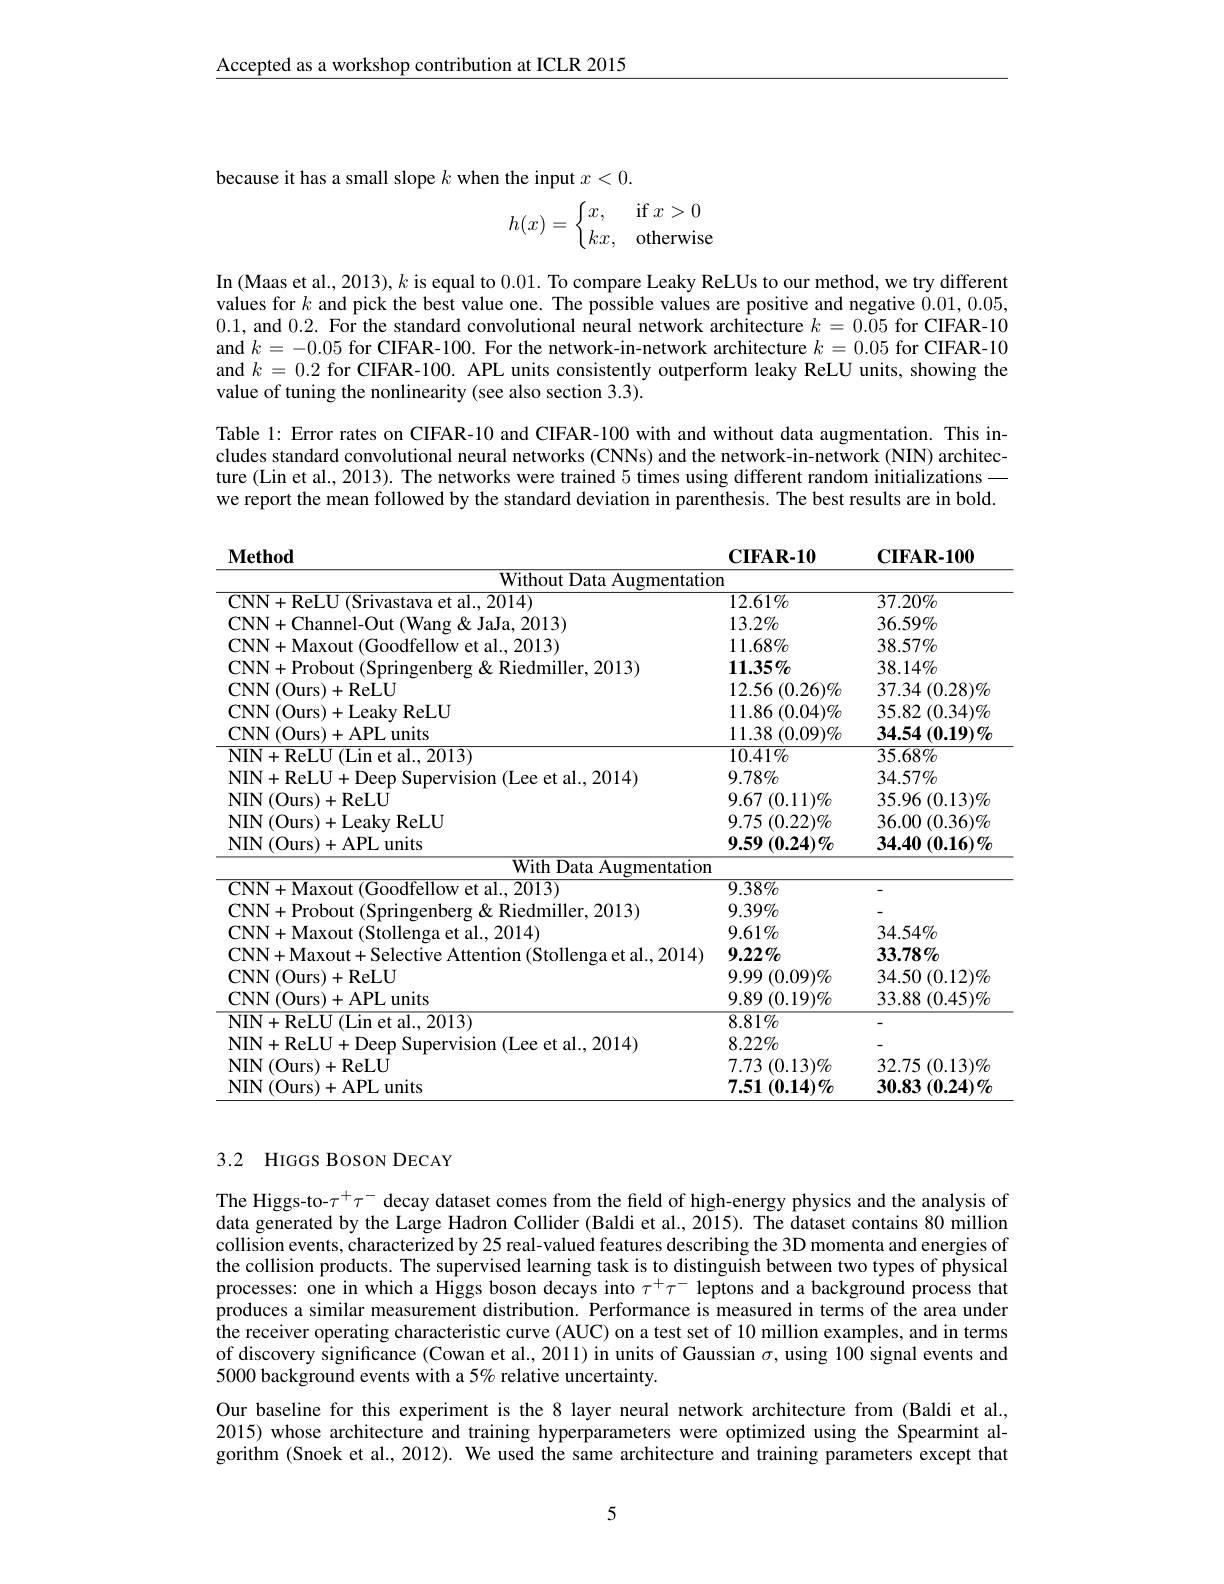
Accepted as a workshop contribution at ICLR 2015

because it has a small slope $k$ when the input $x<0.$
$$h(x)=\left\{\begin{matrix}x,&\text{if}x>0\\kx,&\text{otherwise}\end{matrix}\right.$$
In (Maas et al., 2013), $k$ is equal to 0.01. To compare Leaky ReLUs to our method, we try different values for $k$ and pick the best value one. The possible values are positive and negative 0.01,0.05, 0.1, and 0.2. For the standard convolutional neural network architecture $k=0.05$ for CIFAR-10 and $k=-0.05$ for CIFAR-100. For the network-in-network architecture $k=0.05$ for CIFAR-10 and $k=0.2$ for CIFAR-100. APL units consistently outperform leaky ReLU units, showing the value of tuning the nonlinearity (see also section 3.3).
Table 1: Error rates on CIFAR-10 and CIFAR-100 with and without data augmentation. This includes standard convolutional neural networks (CNNs) and the network-in-network (NIN) architecture (Lin et al., 2013). The networks were trained 5 times using different random initializationswe report the mean followed by the standard deviation in parenthesis. The best results are in bold.

$\mathbf{CIFAR-10}$
<table>
	<tbody>
		<tr>
			<td>Without Data</td>
			<td>n</td>
			<td> </td>
		</tr>
		<tr>
			<td>2014)</td>
			<td>$12.61\%$</td>
			<td>$37.20\%$</td>
		</tr>
		<tr>
			<td>$\&$JaJa.2013)</td>
			<td>$13.2\%$</td>
			<td>$36.59\%$</td>
		</tr>
		<tr>
			<td>ffellowe al.2013 </td>
			<td>$11.68\%$</td>
			<td>$38.57\%$</td>
		</tr>
		<tr>
			<td>TNN+Probout(Snrin $Xr$ 11 Riedmiller 2013</td>
			<td>$11.35\%$</td>
			<td>$38.14\%$</td>
		</tr>
		<tr>
			<td> $((1)_{11}r_{c}$ $\mathbf{R}_{\mathrm{e}}\mathbf{I}^{\mathrm{T}}$</td>
			<td>12.56 $( 0. 26) \%$</td>
			<td>37.34 $(0.28)\%$</td>
		</tr>
		<tr>
			<td>$^{\prime}\mathbf{N}\mathbf{N}$ $(()_{11}rs$ $\vdash$Leakv ReLU</td>
			<td>11.86 $( 0. 04) \%$</td>
			<td>35.82 $2\left(0.34\right)\%$</td>
		</tr>
		<tr>
			<td>$^{\prime}\mathbf{N}/\mathbf{N}$ $(0_{11}rs)$ - APLunits</td>
			<td>11.38 $( 0. 09) \%$</td>
			<td>34.54 $(\mathbf{0.19})\%$</td>
		</tr>
		<tr>
			<td>VIN ${\mathrm{t~al.,2013}}$</td>
			<td>$10.41\%$</td>
			<td>$35.68\%$</td>
		</tr>
		<tr>
			<td>$\|\|_{\mathrm{M}}$ et al 2014 sinn</td>
			<td>$9.78\%$</td>
			<td>$34.57\%$</td>
		</tr>
		<tr>
			<td> </td>
			<td>9.67 $(0.11)\%$</td>
			<td>35.96 $( 0. 13) \%$</td>
		</tr>
		<tr>
			<td>ReLJ</td>
			<td>9.75 $(0.22)\%$ </td>
			<td>36.00 $( 0. 36) \%$</td>
		</tr>
		<tr>
			<td>units $,\mathbf{D}$</td>
			<td>9.59 1 $(0.24)\%$</td>
			<td>$34.40\left(0.16\right)\%$</td>
		</tr>
		<tr>
			<td>With Data</td>
			<td> </td>
			<td> </td>
		</tr>
		<tr>
			<td>CNN+ Maxout 1 (Goodfellow et al.2013)</td>
			<td>$9.38\%$</td>
			<td> </td>
		</tr>
		<tr>
			<td>CNN+Probout(Sprin anhero $r,K$ . Riedmiller. 2013</td>
			<td>$9.39\%$</td>
			<td> </td>
		</tr>
		<tr>
			<td>$^{\prime}\mathbf{N}\mathbf{N}$ $1\pm M3$ $|\mathbf{N}$tolle ${\mathrm{a~et~al.2014}}$</td>
			<td>$9.61\%$</td>
			<td>$34.54\%$</td>
		</tr>
		<tr>
			<td>$NN+Maxout-$ Affention (Stollengaet al2014</td>
			<td>$\mathbf{9.22}\%$</td>
			<td>$33.78\%$</td>
		</tr>
		<tr>
			<td>$^{^{\prime}}\mathbf{NN}$ $\mathcal{J} ($Ours)+ReLU</td>
			<td>9.99 $(0.09)\%$ 1</td>
			<td>$34.50\left(\right)$ $(0.12)\%$ 1</td>
		</tr>
		<tr>
			<td>$^{\prime}\mathbf{NN}$ $\mid($Ours)+APL units</td>
			<td>9.89 $( 0. 19) \%$</td>
			<td>33.88 $( 0. 45) \%$</td>
		</tr>
		<tr>
			<td>VIN et al., 2013)</td>
			<td>$8.81\%$</td>
			<td> </td>
		</tr>
		<tr>
			<td> $+11pp$ al 2014</td>
			<td>$8.22\%$</td>
			<td> </td>
		</tr>
		<tr>
			<td>NIN (Ours)+ReLU</td>
			<td>7.73 $( 0. 13) \%$ 1</td>
			<td>32.75 $(0.13)\%$</td>
		</tr>
		<tr>
			<td>NIN ${\mathcal{V}}($Ours)+APL units</td>
			<td>7.51 $(0.14)\%$</td>
			<td>30.83 $(0.24)\%$</td>
		</tr>
	</tbody>
</table>

$\mathbf{CIFAR-100}$

$\mathbf{Method}$

## 3.2 HIGGS BOSON DECAY

The Higgs-to-$\tau^+\tau^-$ decay dataset comes from the field of high-energy physics and the analysis of data generated by the Large Hadron Collider (Baldi et al., 2015). The dataset contains 80 million collision events, characterized by 25 real-valued features describing the 3D momenta and energies of the collision products. The supervised learning task is to distinguish between two types of physical processes: one in which a Higgs boson decays into $\tau^+\tau^-$ leptons and a background process that produces a similar measurement distribution. Performance is measured in terms of the area under the receiver operating characteristic curve (AUC) on a test set of 10 million examples, and in terms of discovery significance (Cowan et al., 2011) in units of Gaussian $\sigma$, using 100 signal events and 5000 background events with a 5% relative uncertainty.
Our baseline for this experiment is the 8 layer neural network architecture from (Baldi et al. 2015) whose architecture and training hyperparameters were optimized using the Spearmint algorithm (Snoek et al., 2012). We used the same architecture and training parameters except that

5